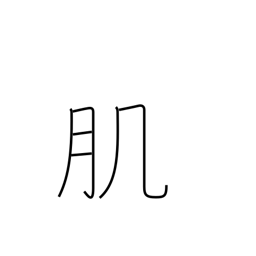
Meaning: texture